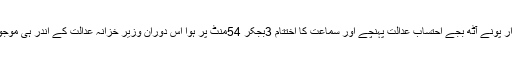
اسحا ق ڈار پونے آٹھ بجے احتساب عدالت پہنچے اور سماعت کا اختتام 3بجکر 54منٹ پر ہوا اس دوران وزیر خزانہ عدالت کے اندر ہی موجود رہے ۔